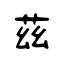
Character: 茲